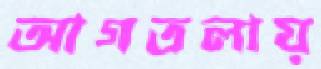
আগতলায়